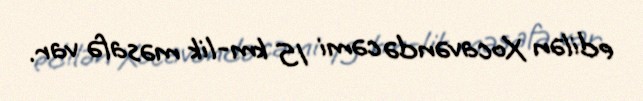
edilən Xocavəndə cəmi 15 km-lik məsafə var.